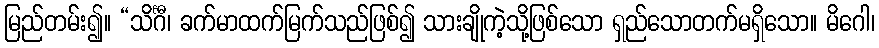
မြည်တမ်း၍။ “သိင်္ဂီ၊ ခက်မာထက်မြက်သည်ဖြစ်၍ သားချိုကဲ့သို့ဖြစ်သော ရှည်သောတက်မရှိသော။ မိဂေါ၊